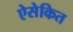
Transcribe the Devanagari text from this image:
ऐसेकित